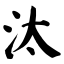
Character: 汰